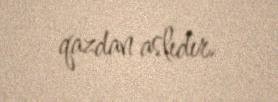
qazdan aslıdır.